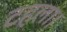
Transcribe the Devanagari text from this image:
टहला।